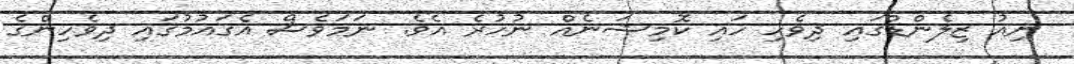
ނިއު ޒިލެންޑްގައި ދިވެހި ހައި ކޮމިޝަނެއް ނުހުރެ އެވެ. ނަމަވެސް އެގައުމުގައި ދިވެހިންގެ